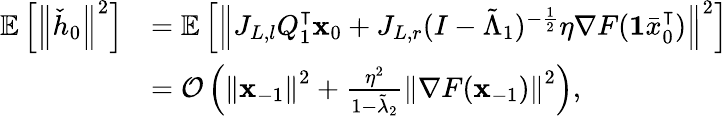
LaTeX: \begin{array}{rl}{\mathbb{E}\left[\left\Vert\check{h}_{0}\right\Vert^{2}\right]}&{=\mathbb{E}\left[\left\Vert J_{L,l}Q_{1}^{\intercal}\mathbf{x}_{0}+J_{L,r}(I-\tilde{\Lambda}_{1})^{-\frac{1}{2}}\eta\nabla F(\mathbf{1}\bar{x}_{0}^{\intercal})\right\Vert^{2}\right]}\\ &{=\mathcal{O}\left(\left\Vert\mathbf{x}_{-1}\right\Vert^{2}+\frac{\eta^{2}}{1-\tilde{\lambda}_{2}}\left\Vert\nabla F(\mathbf{x}_{-1})\right\Vert^{2}\right),}\end{array}